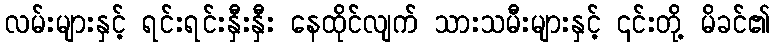
လမ်းများနှင့် ရင်းရင်းနှီးနှီး နေထိုင်လျက် သားသမီးများနှင့် ၎င်းတို့ မိခင်၏